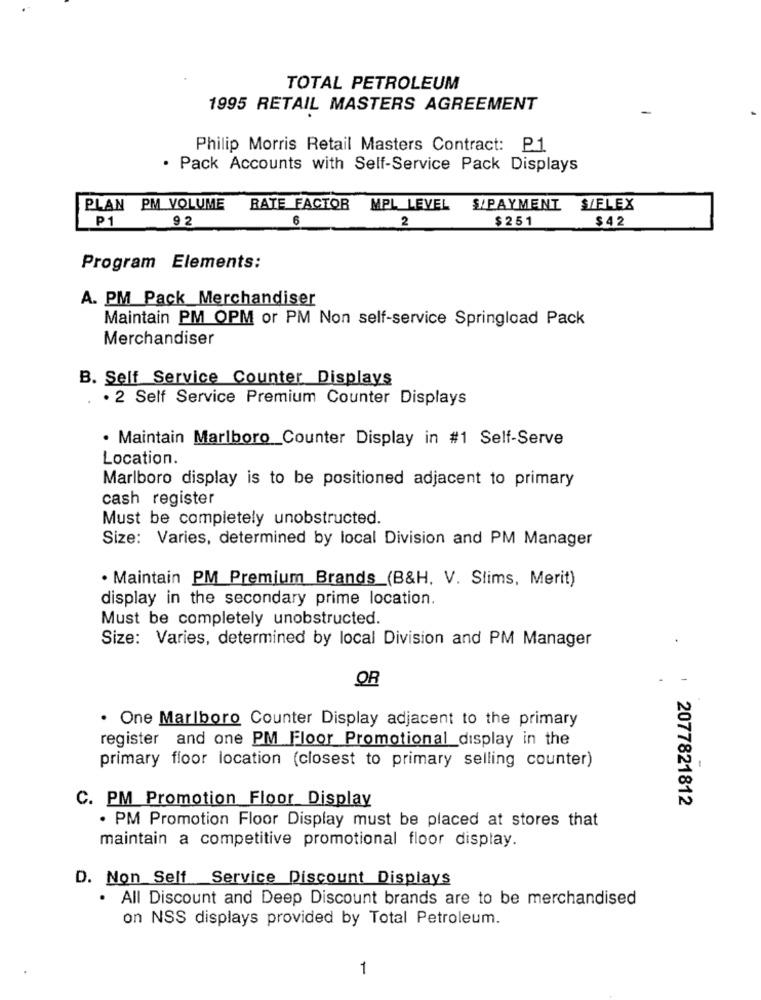
TOTAL PETROLEUM
1995 RETAIL MASTERS AGREEMENT
Philip Morris Retail Masters Contract: P1
. Pack Accounts with Self-Service Pack Displays
PLAN PM VOLUME
RATE FACTOR
MPL LEVEL
S/PAYMENT S/FLEX
P1
92
6
2
$251
$42
Program Elements:
A. PM Pack Merchandiser
Maintain PM OPM or PM Non self-service Springload Pack
Merchandiser
B. Self Service Counter Displays
· 2 Self Service Premium Counter Displays
· Maintain Marlboro_Counter Display in #1 Self-Serve
Location.
Marlboro display is to be positioned adjacent to primary
cash register
Must be completely unobstructed.
Size: Varies, determined by local Division and PM Manager
· Maintain PM Premium Brands_(B&H. V. Slims, Merit)
display in the secondary prime location.
Must be completely unobstructed.
Size: Varies, determined by local Division and PM Manager
OR
. One Marlboro Counter Display adjacent to the primary
register and one PM Floor Promotional display in the
primary floor location (closest to primary selling counter)
C. PM Promotion Floor Display
: 2077821812
. PM Promotion Floor Display must be placed at stores that
maintain a competitive promotional floor display.
D. Non Self Service Discount Displays
· All Discount and Deep Discount brands are to be merchandised
on NSS displays provided by Total Petroleum.
1